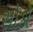
સોકો